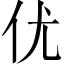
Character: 优